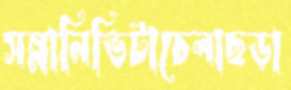
সন্নানিভিটাচেলাছড়া